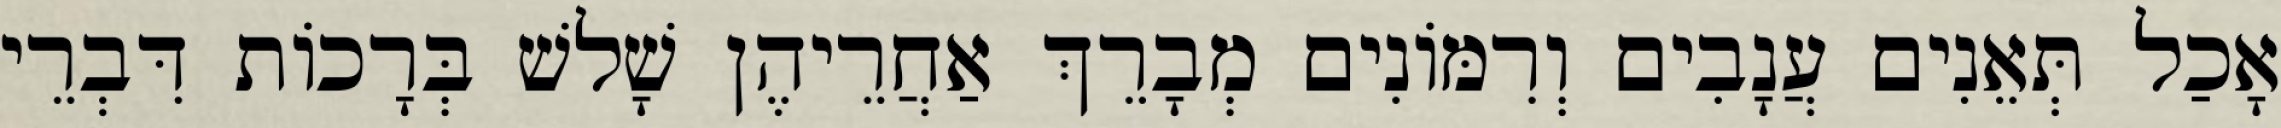
אָכַל תְּאֵנִים עֲנָבִים וְרִמּוֹנִים מְבָרֵךְ אַחֲרֵיהֶן שָׁלשׁ בְּרָכוֹת דִּבְרֵי